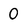
Character: 0